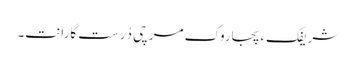
شریفکءِ پجاروک مرچی دُرست گاراَنت۔